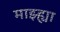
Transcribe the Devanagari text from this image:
माझ्ह्या